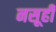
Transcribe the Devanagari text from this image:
नसूही